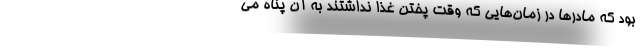
بود که مادرها در زمان‌هایی که وقت پختن غذا نداشتند به آن پناه می‌